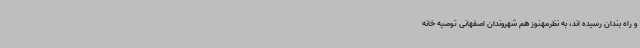
و راه بندان رسیده اند، به نظرمهنوز هم شهروندان اصفهانی توصیه خانه